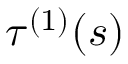
\tau ^ { ( 1 ) } ( s )